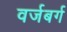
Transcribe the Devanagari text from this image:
वर्जबर्ग